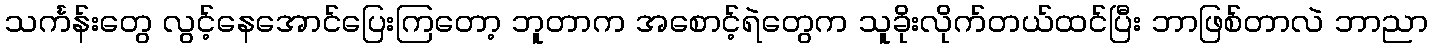
သင်္ကန်းတွေ လွင့်နေအောင်ပြေးကြတော့ ဘူတာက အစောင့်ရဲတွေက သူခိုးလိုက်တယ်ထင်ပြီး ဘာဖြစ်တာလဲ ဘာညာ